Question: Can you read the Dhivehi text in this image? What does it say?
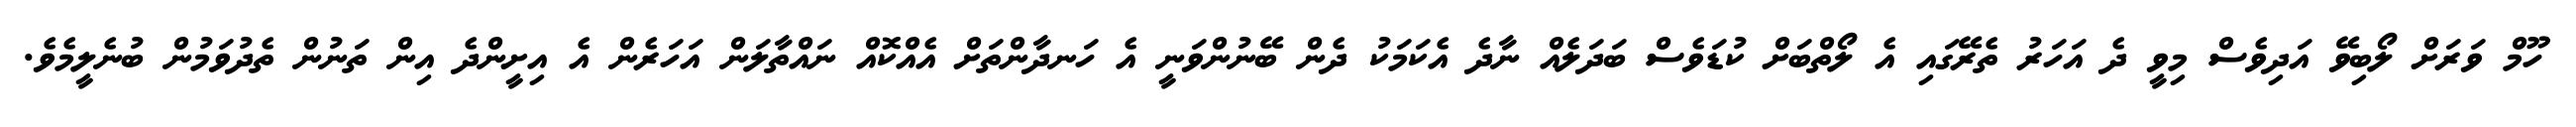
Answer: ހޫމް ވަރަށް ލޯބިވޭ އަދިވެސް މިވީ ދެ އަހަރު ތެރޭގައި އެ ލޯތްބަށް ކުޑަވެސް ބަދަލެއް ނާދެ އެކަމަކު ދެން ބޭނުންވަނީ އެ ހަނދާންތަށް އެއްކޮއް ނައްތާލަން އަހަރެން އެ އިށީންދެ އިން ތަނުން ތެދުވަމުން ބުނެލީމެވެ.